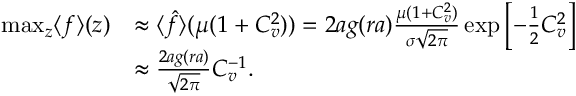
\begin{array} { r l } { \operatorname* { m a x } _ { z } \langle f \rangle ( z ) } & { \approx \langle \hat { f } \rangle ( \mu ( 1 + C _ { v } ^ { 2 } ) ) = 2 a g ( r a ) \frac { \mu ( 1 + C _ { v } ^ { 2 } ) } { \sigma \sqrt { 2 \pi } } \exp \left[ - \frac { 1 } { 2 } C _ { v } ^ { 2 } \right] } \\ & { \approx \frac { 2 a g ( r a ) } { \sqrt { 2 \pi } } C _ { v } ^ { - 1 } . } \end{array}